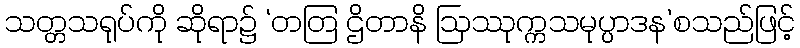
သတ္တသရုပ်ကို ဆိုရာ၌ ‘တတြ ဌိတာနိ ဩဿုက္ကသမုပ္ပာဒန’စသည်ဖြင့်